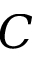
C